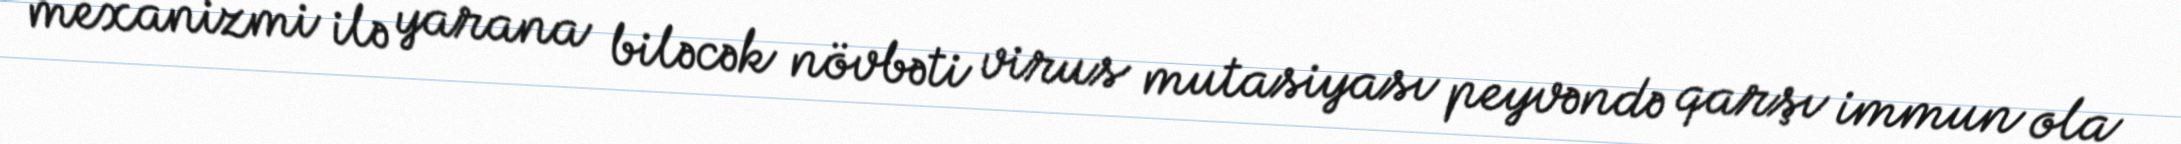
mexanizmi ilə yarana biləcək növbəti virus mutasiyası peyvəndə qarşı immun ola